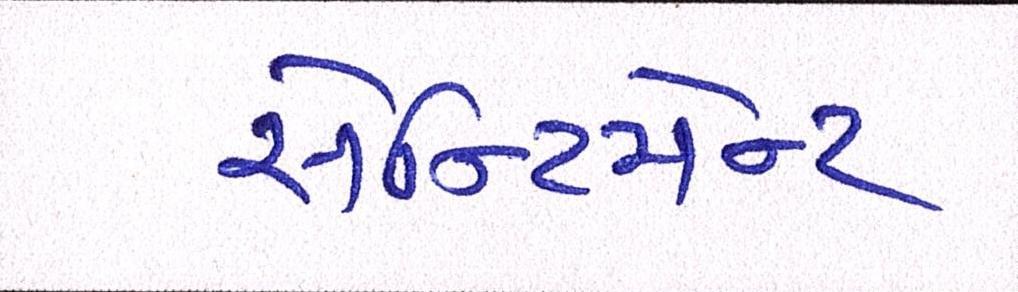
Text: સેન્ટિમેન્ટ